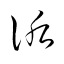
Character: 詬